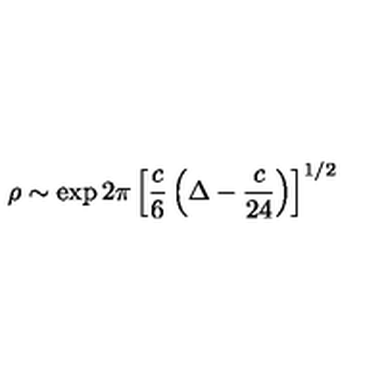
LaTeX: \rho \sim \exp 2 \pi \left[ { \frac { c } { 6 } } \left( \Delta - { \frac { c } { 2 4 } } \right) \right] ^ { 1 / 2 } ~